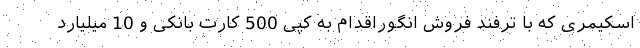
اسکیمری که با ترفند فروش انگوراقدام به کپی 500 کارت بانکی و 10 میلیارد